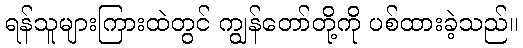
ရန်သူများကြားထဲတွင် ကျွန်တော်တို့ကို ပစ်ထားခဲ့သည်။